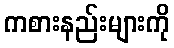
ကစားနည်းများကို